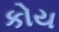
કોય